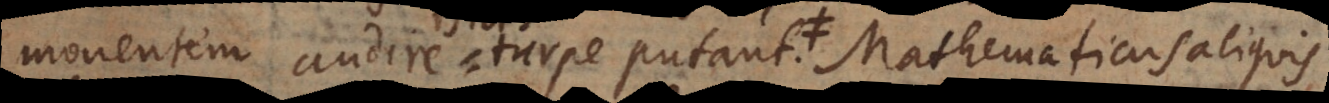
monentem audire turpe putant. Mathematicus aliquis